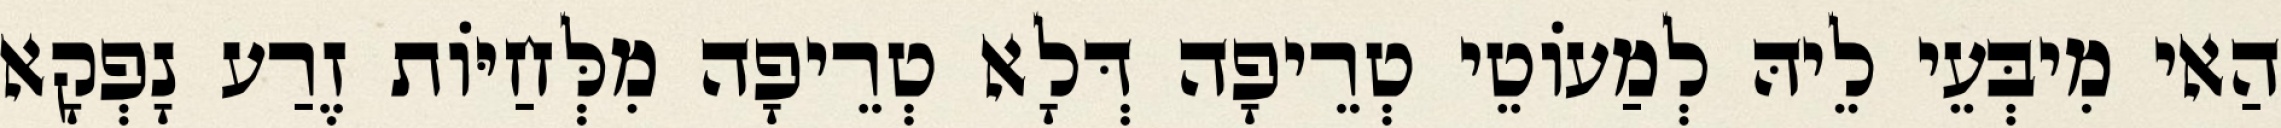
הַאי מִיבְּעֵי לֵיהּ לְמַעוֹטֵי טְרֵיפָה דְּלָא טְרֵיפָה מִלְּחַיּוֹת זֶרַע נָפְקָא